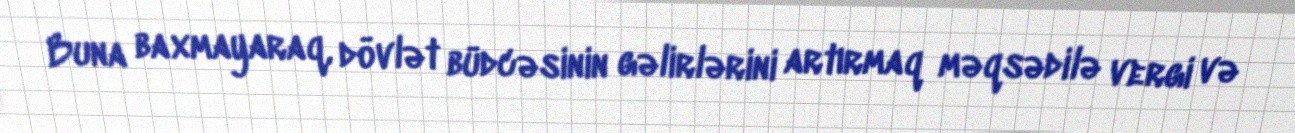
Buna baxmayaraq, dövlət büdcəsinin gəlirlərini artırmaq məqsədilə vergi və